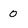
Character: 0